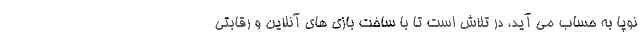
نوپا به حساب می آید، در تلاش است تا با ساخت بازی های آنلاین و رقابتی